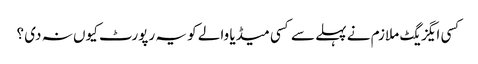
کسی ایگزیگٹ ملازم نے پہلے سے کسی میڈیا والے کو یہ رپورٹ کیوں نہ دی ؟